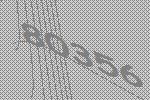
80356